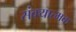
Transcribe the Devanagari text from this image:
संक्यात्मक